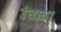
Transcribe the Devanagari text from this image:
उंचावा